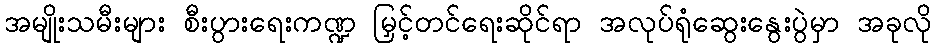
အမျိုးသမီးများ စီးပွားရေးကဏ္ဍ မြှင့်တင်ရေးဆိုင်ရာ အလုပ်ရုံဆွေးနွေးပွဲမှာ အခုလို